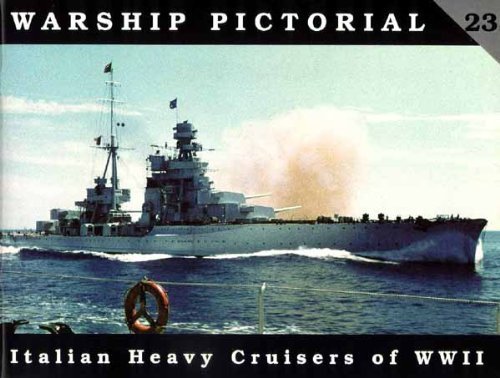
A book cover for Warship Pictorial No. 23 - Italian Heavy Cruisers of World War II; Steve Wiper; Arts & Photography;